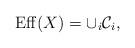
LaTeX: \begin{align*} \mathrm{Eff}(X)=\cup_i\mathcal{C}_i, \end{align*}